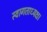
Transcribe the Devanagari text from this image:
स्वागताध्यक्ष।